Tartu_Kolgata_baptistikogudus, lk 3
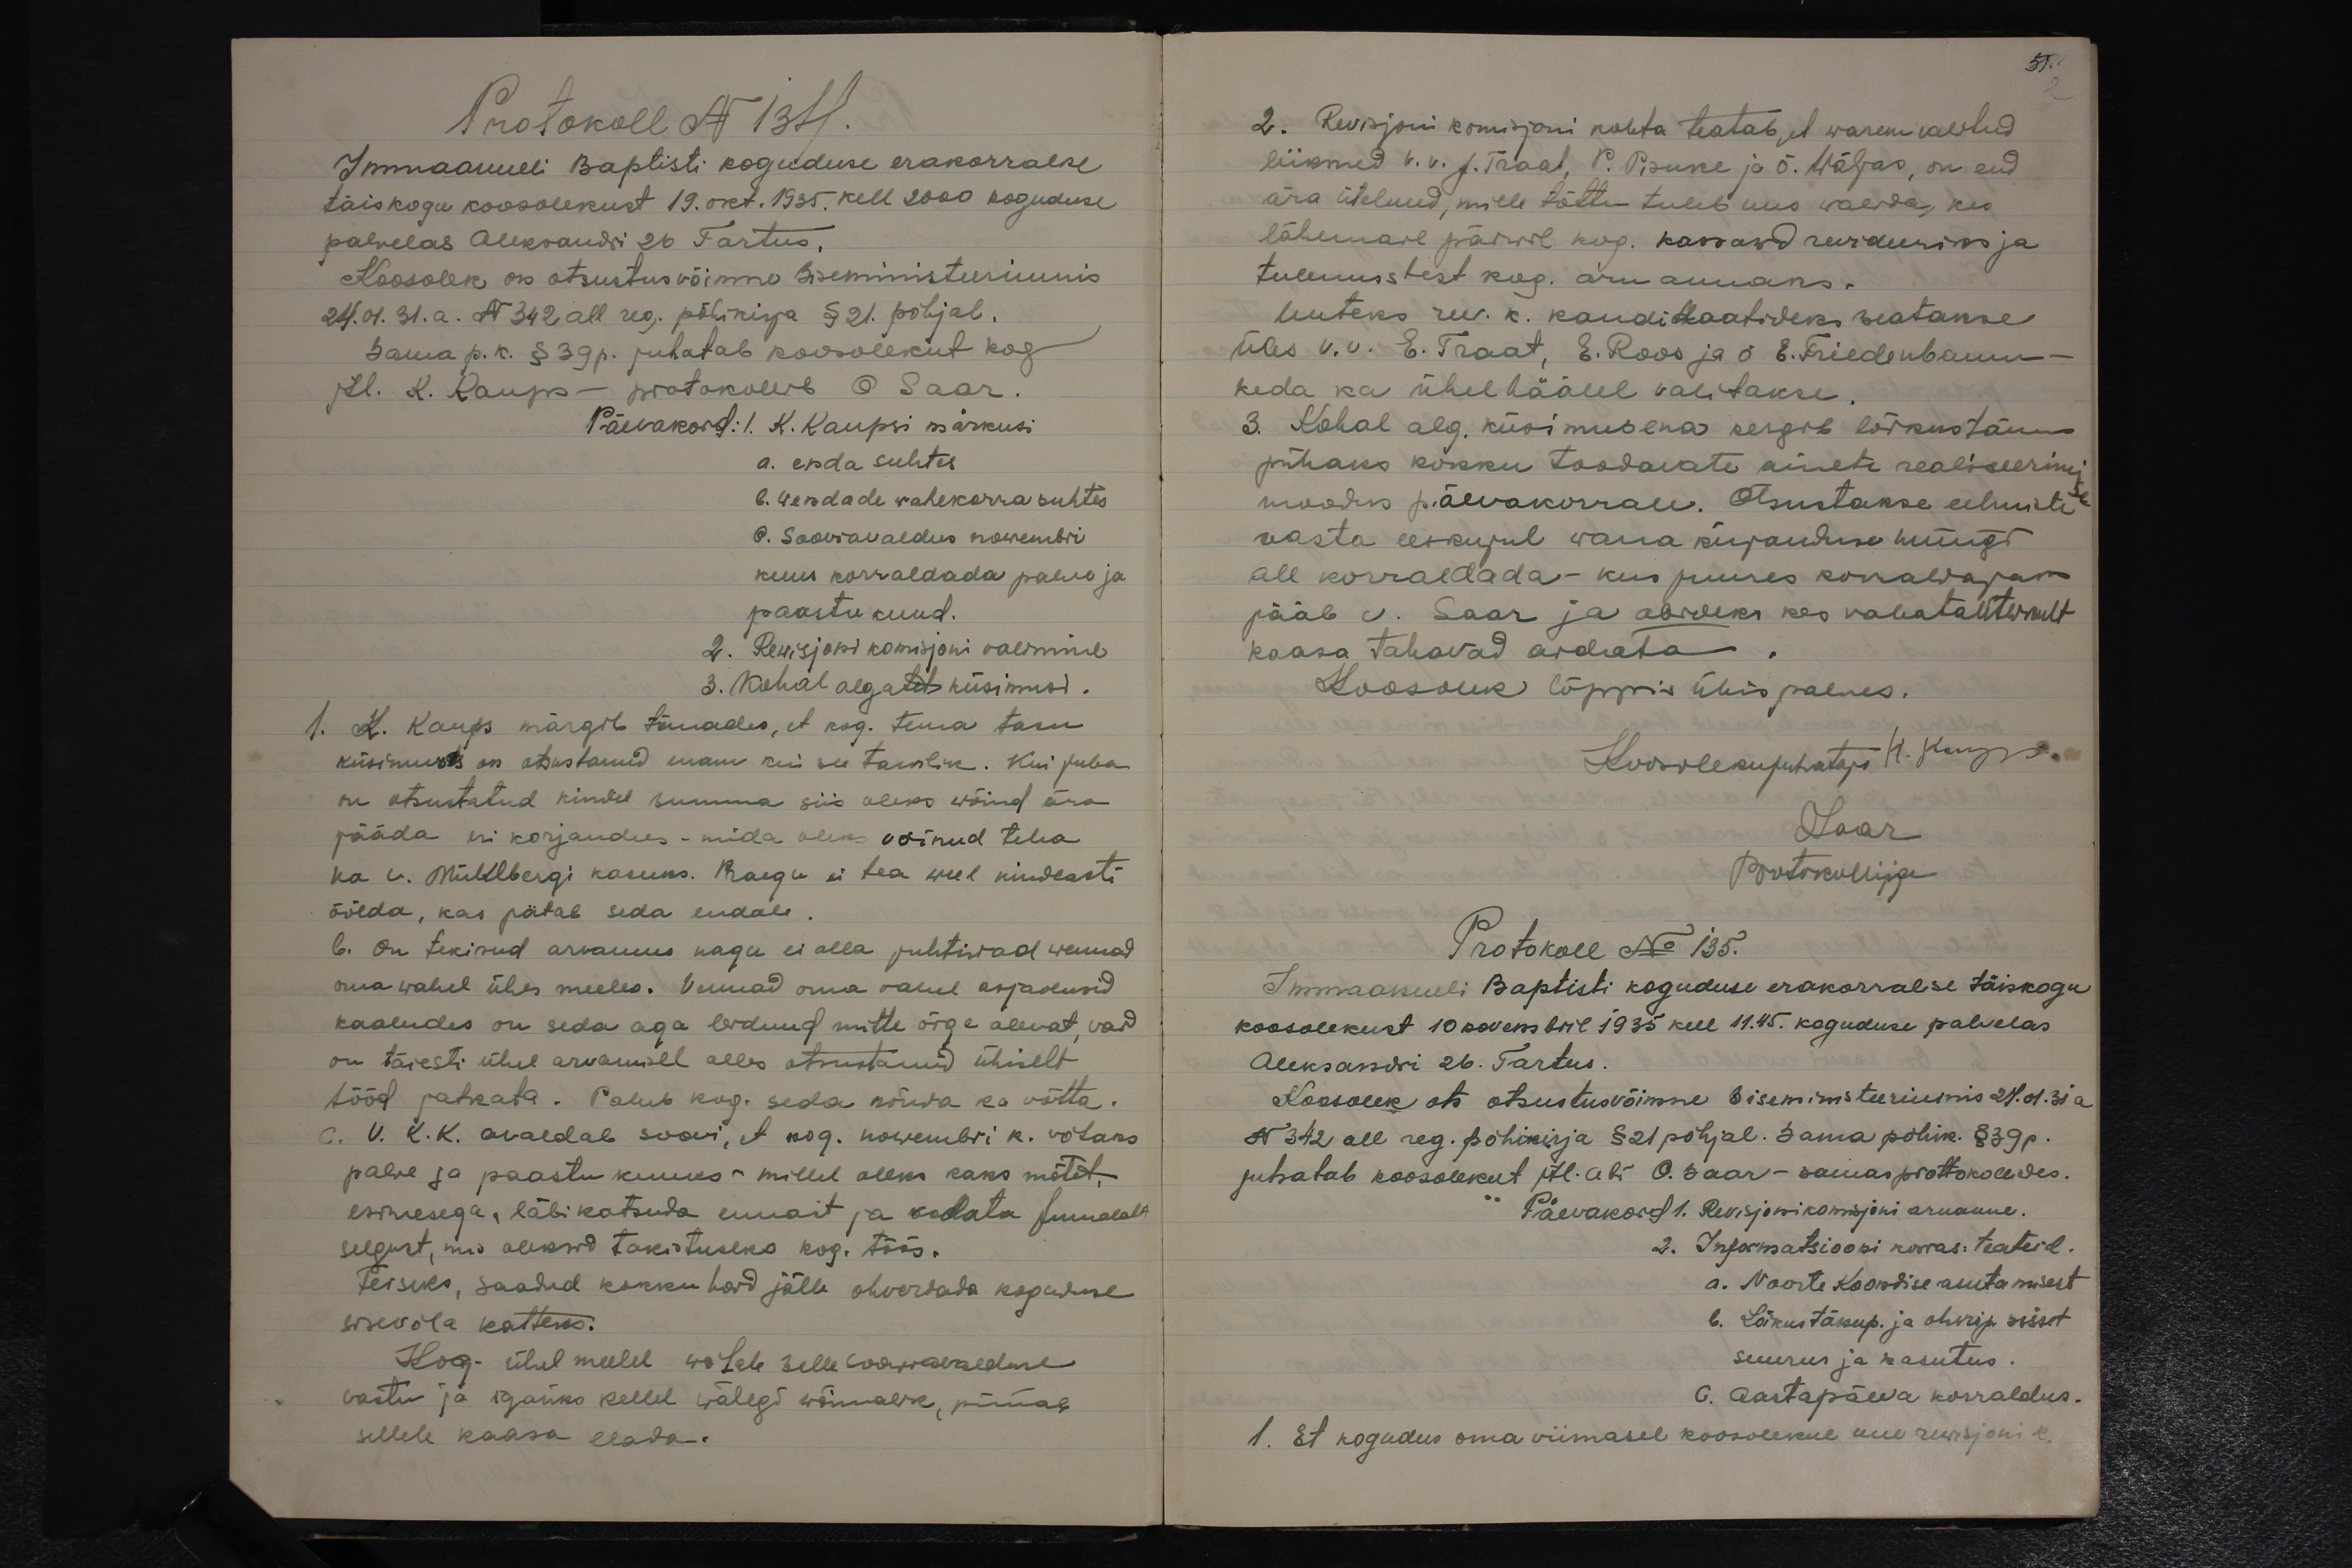
Protokoll N 134.
Immaanueli Baptisti koguduse erakorralse,
täiskogu koosolekust 19. okt. 1935. kell 2000 koguduse
palvelas Aleksandri 26 Tartus.
Koosolek on otsustusvõimne Siseministeeriumis
24.01.31.a. N 342 all reg. põhikirja § 21. põhjal.
sama p. k. § 39 p. juhatab koosolekut kog
jtl. K. Kaups - protokollib O. Saar.
Päevakord: I. K. Kaupsi märkusi
a. enda suhtes
b. wendade wahekorra suhtes
c. Sooviavaldus nowembri
kuus korraldada palve ja
paastu kuud.
2. Rewisjoni komisjoni valimine
3. Kohal algatet küsimusi.
1. K. Kaups märgib tänades, et kog. tema tasu
küsimuses on otsustanud enam kui see tarwilik. Kui juba
on otsustatud kindel summa siis oleks wõind ära
jääda eri korjandus - mida oleks võinud teha
ka v. Mühlbergi kasuks. Praegu ei tea weel kindlasti
öölda, kas jätab seda endale
b. On tekinud arvamus nagu ei olla juhtiwad wennad
oma wahel ühes meeles. Vennad oma vahel asjaolusid
kaaludes on seda aga leidnud mitte õige olevat, vaid
on täiesti ühel arvamisel olles otsustanud ühiselt
tööd jatkata. Palub kog. seda nõnda ka võtta.
C. V. K.K. avaldab soovi, et kog. nowembri k. võtaks
palve ja paastu kuuks millel oleks kaks mõtet,
esimesega, läbikatsuda ennast ja kuulata Jumalalt
selgust, mis oleksid takistuseks kog. töös.
Teiseks, saadud kokku kord jälle ohverdada koguduse
sisevõla katteks.
Kog. ühel meelel wõtab selle soowiavalduse
vastu ja igaüks kellel wähegi wõimalik, püüab
sellele kaasa elada.

2. Revisjoni komisjoni kohta teatab, et warem valitud
liikmed v. v. J. Traat, P. Pisuke ja õ. Wäljas, on end
ära ütelnud, mille tõttu tuleb uus walida, kes
lähemail päiwil kog. kassawd revideeriks ja
tulemustest kog. aru annaks.
Uuteks rev. k. kandidaatideks seatakse
üles v.v. E. Traat, E. Roos ja õ E. Friedenbaum
keda ka ühel häälel valitakse.
3. Kohal alg. küsimusena kergib lõikustänu
pühaks kokku toodavate ainete realiseerimi
moodus päevakorrale. Otsustakse eelmiste
aasta eeskujul wana kirjanduse müügi
all korraldada - kus juures korraldajaks
jääb v. Saar ja abideks kes vabatahtlikult
kaasa tahavad aidata
Koosolek lõppis ühis palwes.
Koosolekupuhataja K. Kaups.
Saar
Protokollija
Protokoll No 135.
Immaanueli Baptisti koguduse erakorralise täiskogu
koosolekust 10 novembril 1935 kell 11.45. koguduse palvelas
Aleksandri 26. Tartus.
Koosolek ots otsustusvõimne Siseministeeriumis 24.01.31 a
N 342 all reg. põhikirja § 21 põhjal. Sama põhik. § 39 p.
juhatab koosolekut jtl. abi O. Saar - samas prottokollides.
Päevakord 1. Revisjonikomisjoni aruanne.
2. Informatsiooni korras: teateid.
a. Noorte koondise asutamisest
b. Lõikustänup. ja ohvrip. sisset.
suurus ja kasutus.
C. Aastapäeva korraldus.
1. Et kogudus oma viimasel koosolekul uue revisjoni k